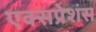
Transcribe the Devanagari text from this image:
एक्सप्रेशंस